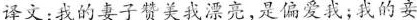
译文：我的妻子赞美我漂亮，是偏爱我；我的妾